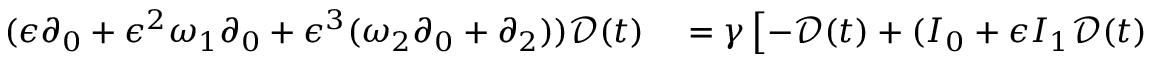
\begin{array} { r l } { ( \epsilon \partial _ { 0 } + \epsilon ^ { 2 } \omega _ { 1 } \partial _ { 0 } + \epsilon ^ { 3 } ( \omega _ { 2 } \partial _ { 0 } + \partial _ { 2 } ) ) \mathcal { D } ( t ) } & { { } = \gamma \left[ - \mathcal { D } ( t ) + ( I _ { 0 } + \epsilon I _ { 1 } \mathcal { D } ( t ) ) | \mathcal { E } ( t ) | ^ { 2 } \right] } \end{array}